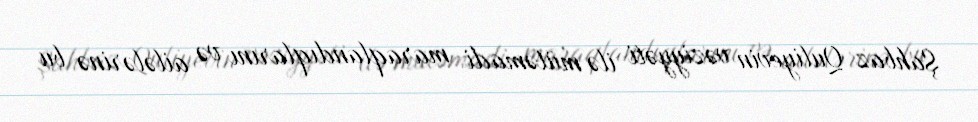
Şahbaz Quliyevin vəziyyəti ilə mütəmadi maraqlandıqlarını və ailələrinə bu